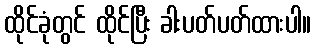
ထိုင်ခုံတွင် ထိုင်ပြီး ခါးပတ်ပတ်ထားပါ။